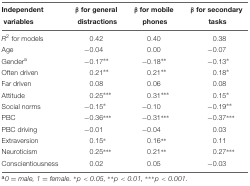
| Independent | β for general | β for mobile | β for secondary |
 | variables | distractions | phones | tasks |
 | --- | --- | --- | --- |
 | R2 for models | 0.42 | 0.40 | 0.38 |
 | Age | –0.04 | 0.00 | –0.07 |
 | Gendera | –0.17** | –0.18** | –0.13* |
 | Often driven | 0.21** | 0.21** | 0.18* |
 | Far driven | 0.08 | 0.06 | 0.08 |
 | Attitude | 0.25*** | 0.31*** | 0.15* |
 | Social norms | –0.15* | –0.10 | –0.19** |
 | PBC | –0.36*** | –0.31*** | –0.37*** |
 | PBC driving | –0.01 | –0.04 | 0.03 |
 | Extraversion | 0.15* | 0.16** | 0.11 |
 | Neuroticism | 0.25*** | 0.21** | 0.27*** |
 | Conscientiousness | 0.02 | 0.05 | –0.03 |